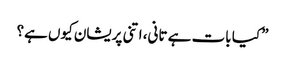
” کیا بات ہے تانی، اتنی پریشان کیوں ہے؟